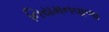
નિયમનવાળા